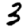
Digit: 3